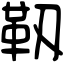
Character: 靱